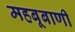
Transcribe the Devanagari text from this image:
महबूबाणी